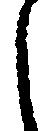
し